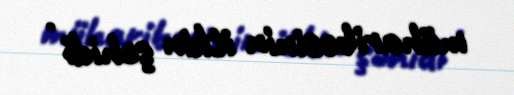
müharibəsinin itkin şəhidi .